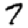
Digit: 7